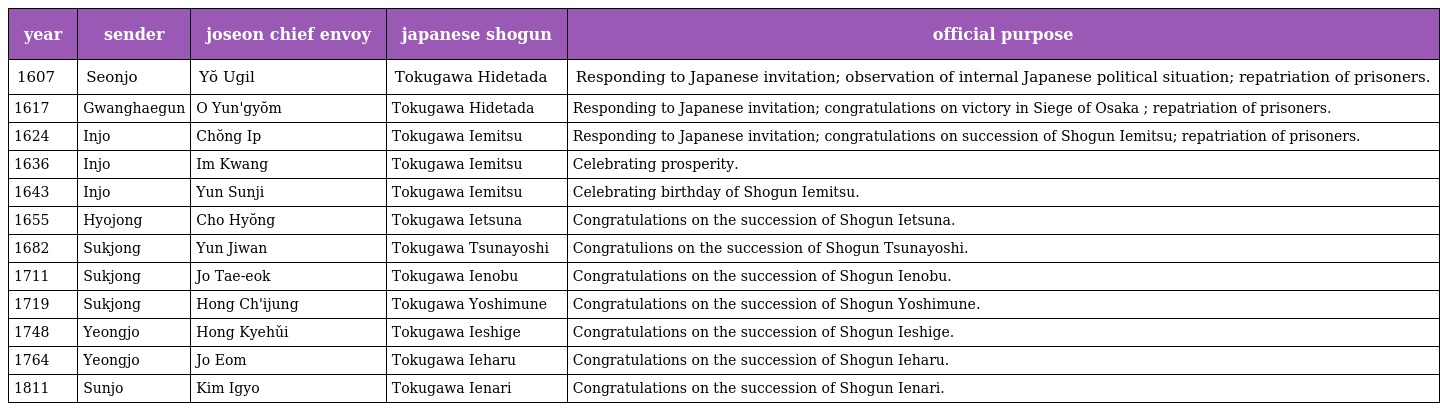
| year | sender | joseon chief envoy | japanese shogun | official purpose |
 | --- | --- | --- | --- | --- |
 | 1607 | Seonjo | Yŏ Ugil | Tokugawa Hidetada | Responding to Japanese invitation; observation of internal Japanese political situation; repatriation of prisoners. |
 | 1617 | Gwanghaegun | O Yun'gyŏm | Tokugawa Hidetada | Responding to Japanese invitation; congratulations on victory in Siege of Osaka ; repatriation of prisoners. |
 | 1624 | Injo | Chŏng Ip | Tokugawa Iemitsu | Responding to Japanese invitation; congratulations on succession of Shogun Iemitsu; repatriation of prisoners. |
 | 1636 | Injo | Im Kwang | Tokugawa Iemitsu | Celebrating prosperity. |
 | 1643 | Injo | Yun Sunji | Tokugawa Iemitsu | Celebrating birthday of Shogun Iemitsu. |
 | 1655 | Hyojong | Cho Hyŏng | Tokugawa Ietsuna | Congratulations on the succession of Shogun Ietsuna. |
 | 1682 | Sukjong | Yun Jiwan | Tokugawa Tsunayoshi | Congratulions on the succession of Shogun Tsunayoshi. |
 | 1711 | Sukjong | Jo Tae-eok | Tokugawa Ienobu | Congratulations on the succession of Shogun Ienobu. |
 | 1719 | Sukjong | Hong Ch'ijung | Tokugawa Yoshimune | Congratulations on the succession of Shogun Yoshimune. |
 | 1748 | Yeongjo | Hong Kyehǔi | Tokugawa Ieshige | Congratulations on the succession of Shogun Ieshige. |
 | 1764 | Yeongjo | Jo Eom | Tokugawa Ieharu | Congratulations on the succession of Shogun Ieharu. |
 | 1811 | Sunjo | Kim Igyo | Tokugawa Ienari | Congratulations on the succession of Shogun Ienari. |